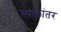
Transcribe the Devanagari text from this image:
स्थालांतर